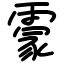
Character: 霥